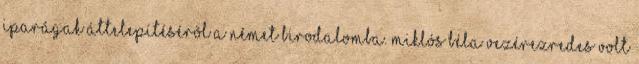
iparágak áttelepítésérõl a Német Birodalomba. Miklós Béla vezérezredes volt